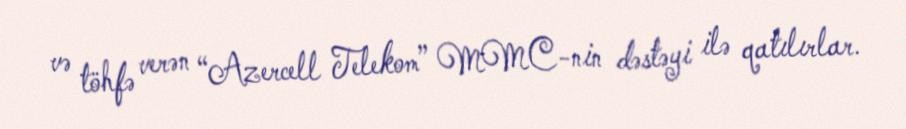
və töhfə verən “Azercell Telekom” MMC-nin dəstəyi ilə qatılırlar.